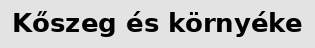
Kőszeg és környéke